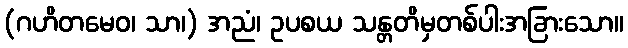
(ဂဟိတမေဝ၊ သာ၊) အညံ၊ ဥပစယ သန္တတိမှတစ်ပါးအခြားသော။